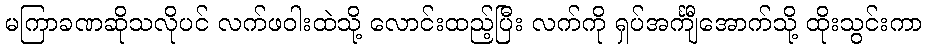
မကြာခဏဆိုသလိုပင် လက်ဖဝါးထဲသို့ လောင်းထည့်ပြီး လက်ကို ရှပ်အင်္ကျီအောက်သို့ ထိုးသွင်းကာ